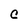
Character: C